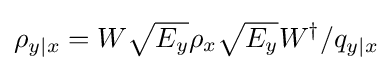
\rho _{y|x}=W{\sqrt {E_{y}}}\rho _{x}{\sqrt {E_{y}}}W^{\dagger }/q_{y|x}